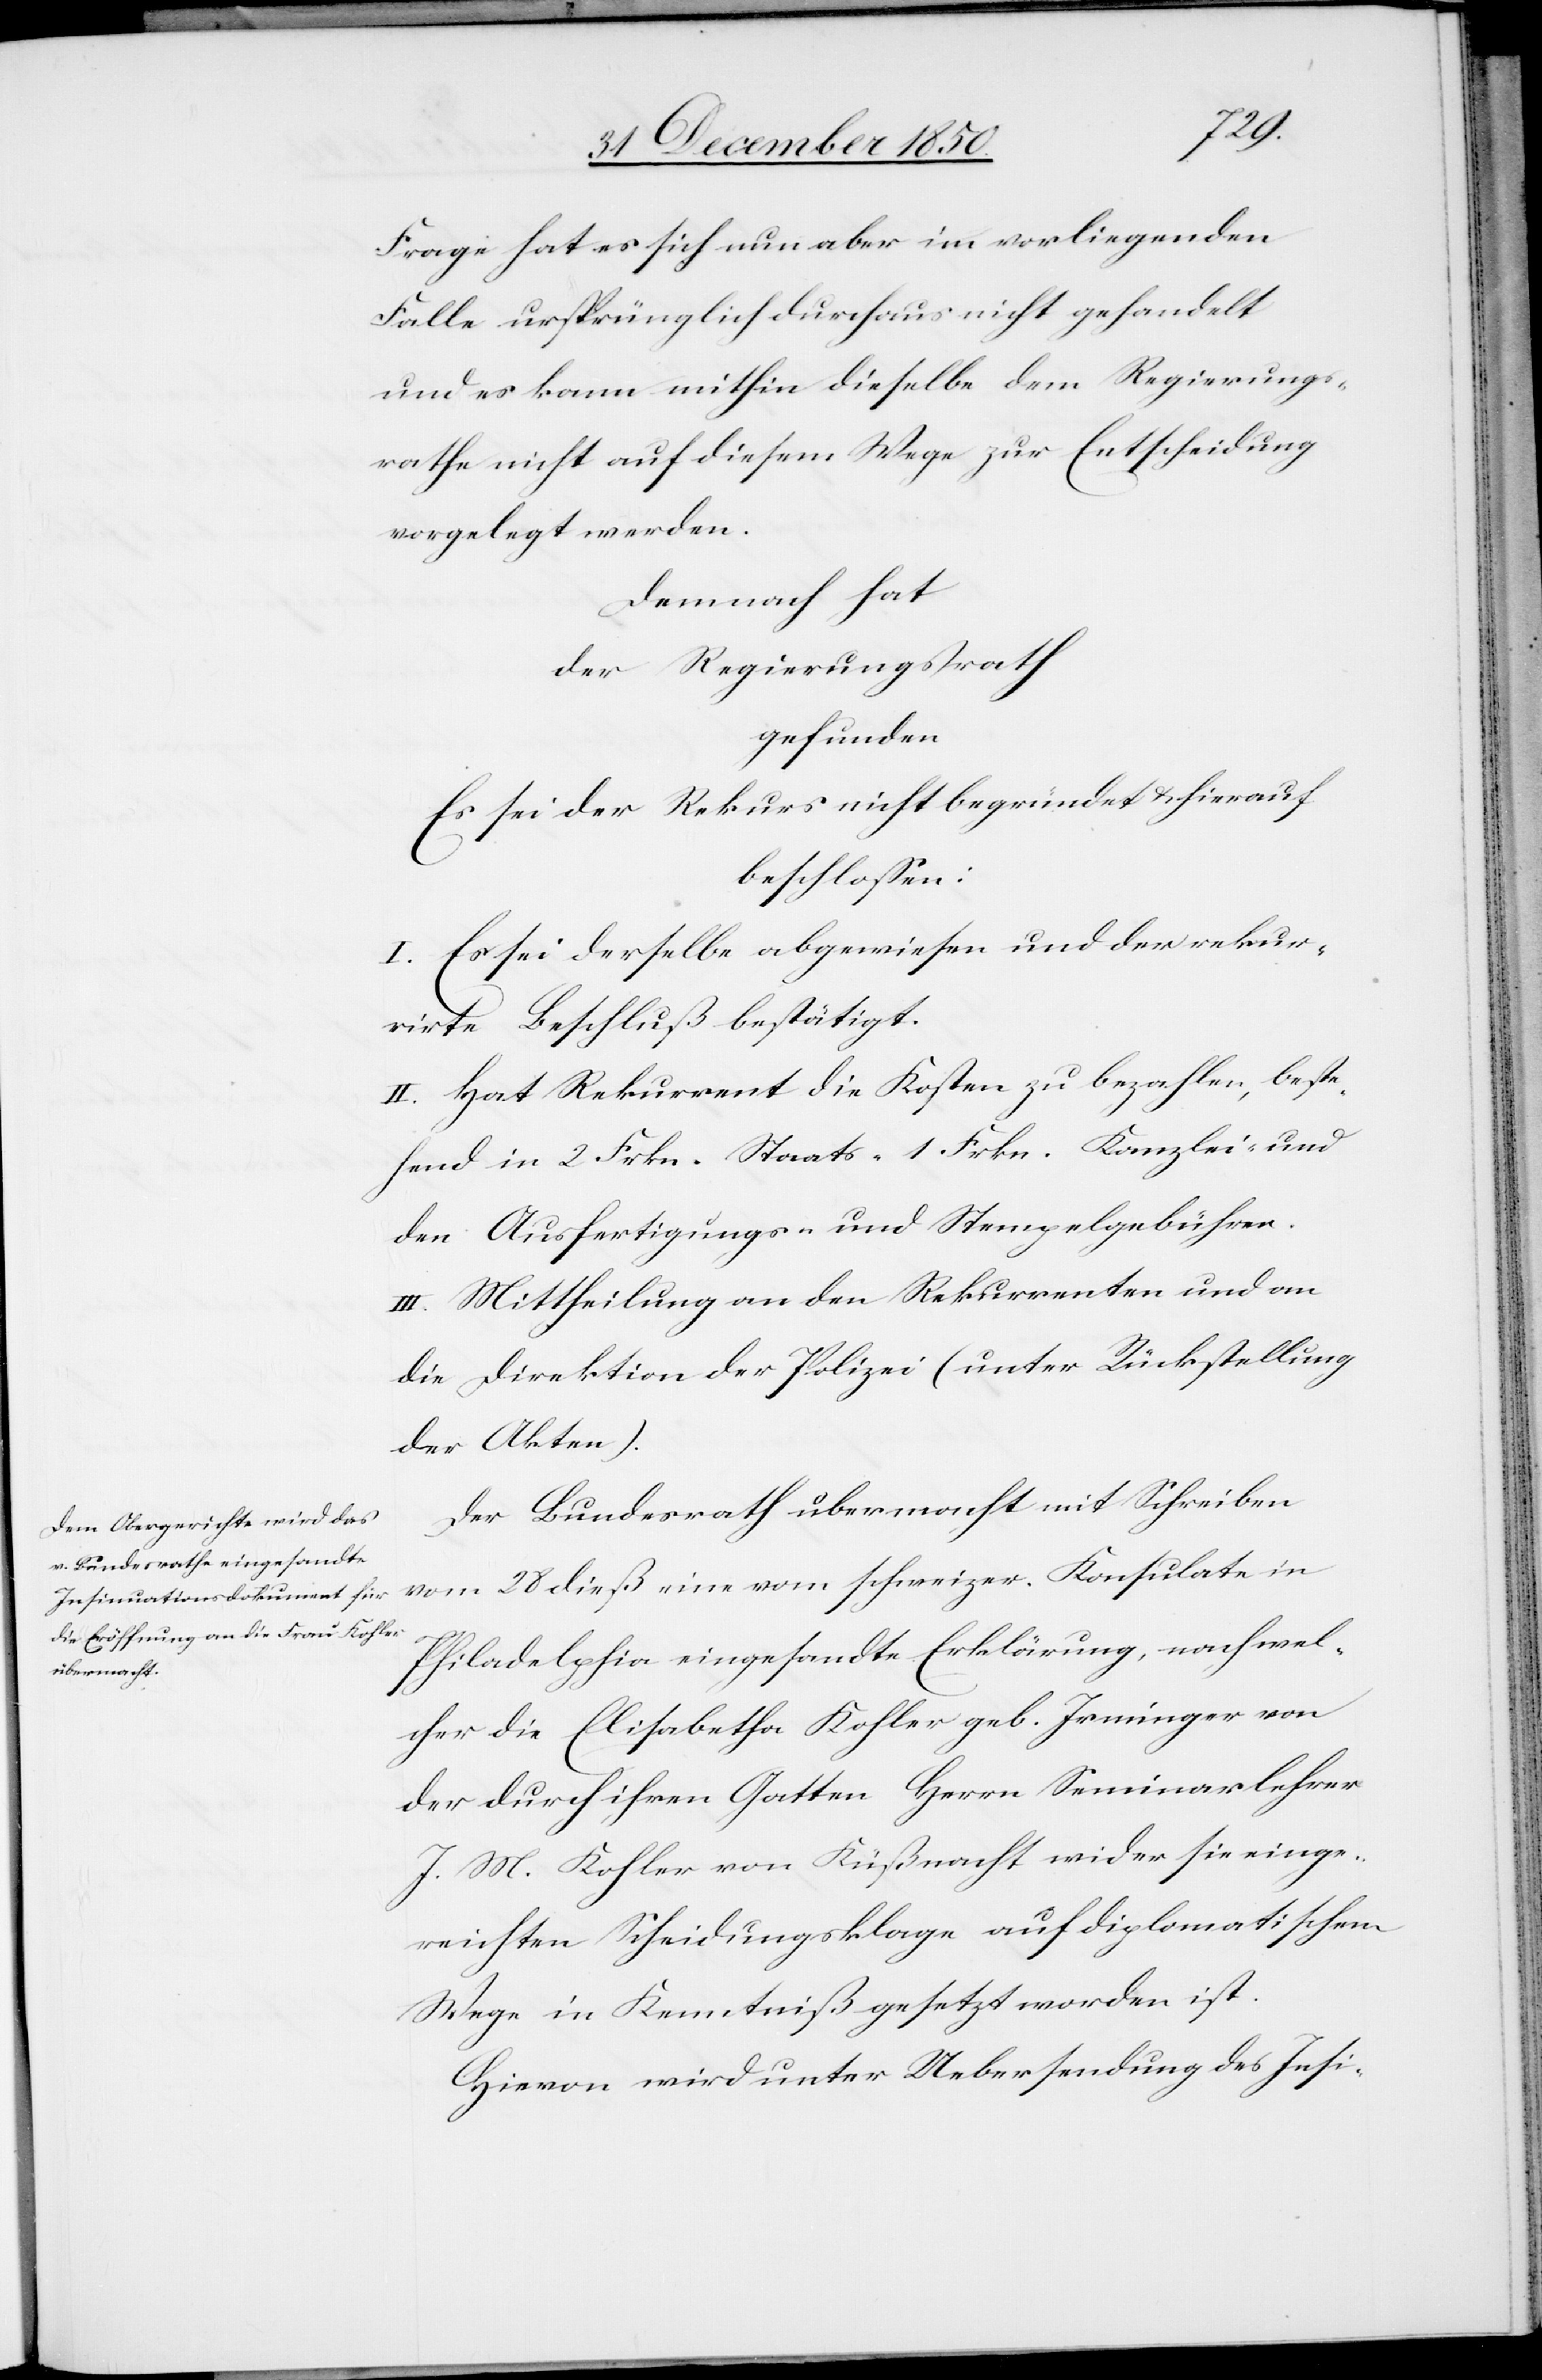
Frage hat es sich nun aber im vorliegenden
Falle ursprünglich durchaus nicht gehandelt
und es kann mithin dieselbe dem Regierungs¬
rathe nicht auf diesem Wege zur Entscheidung
vorgelegt werden.
Demnach hat
der Regierungsrath
gefunden
Es sei der Rekurs nicht begründet u. hierauf
beschlossen:
I. Es sei derselbe abgewiesen und der rekur¬
rirte Beschluß bestätigt.
II. Hat Rekurrent die Kosten zu bezahlen, beste¬
hend in 2 Frkn. Staats-[,] 1 Frkn. Kanzlei- und
den Ausfertigungs- und Stempelgebühren.
III. Mittheilung an den Rekurrenten und an
die Direktion der Polizei (unter Rückstellung
der Akten).
Der Bundesrath übermacht mit Schreiben
vom 28 dieß eine vom schweizer. Konsulate in
Philadelphia eingesandte Erklärung, nach wel¬
cher die Elisabetha Kohler geb. Irminger von
der durch ihren Gatten Herrn Seminarlehrer
J. M. Kohler von Küßnacht wider sie einge¬
reichten Scheidungsklage auf diplomatischem
Wege in Kenntniß gesetzt worden ist.
Hievon wird unter Uebersendung des Insi-